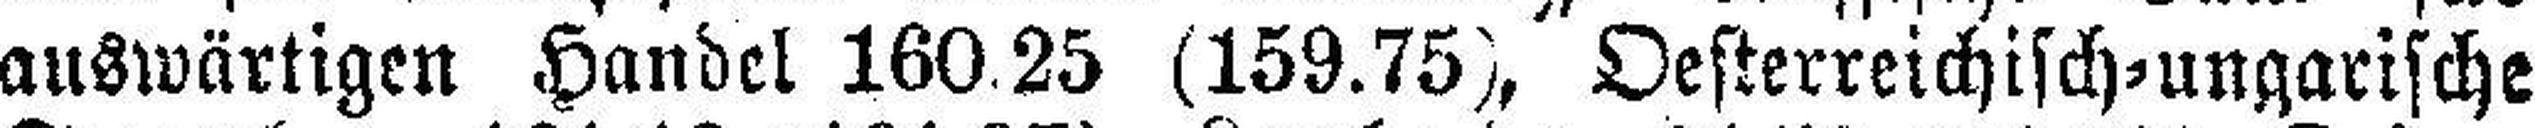
auswärtigen Handel 160.25 (159.75), Oesterreichisch=ungarische